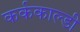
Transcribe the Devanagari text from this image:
कर्ककाल्डी